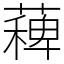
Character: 薭